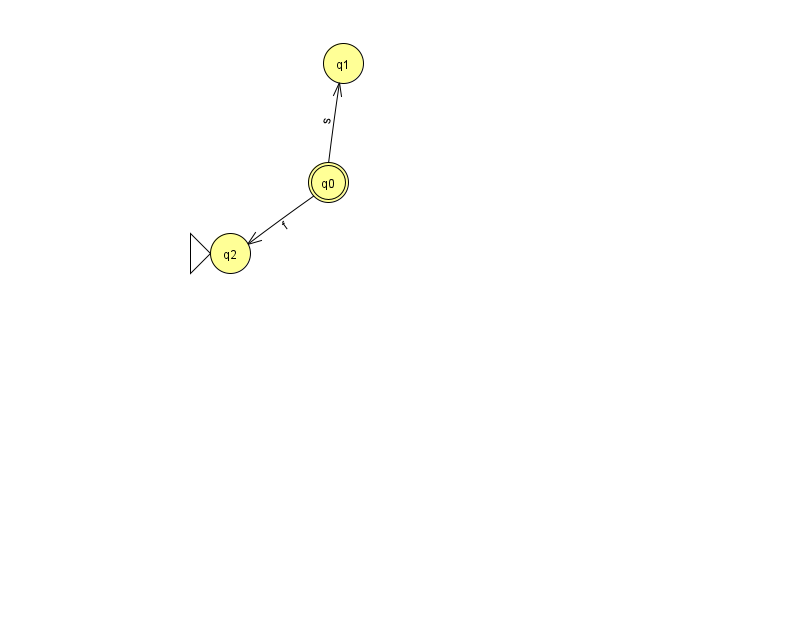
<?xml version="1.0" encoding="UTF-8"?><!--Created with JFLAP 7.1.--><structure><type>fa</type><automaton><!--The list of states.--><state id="0" name="q0"><x>328.0</x><y>169.0</y><final/></state><state id="1" name="q1"><x>343.0</x><y>50.0</y></state><state id="2" name="q2"><x>230.0</x><y>240.0</y><initial/></state><!--The list of transitions.--><transition><from>0</from><to>2</to><read>f</read></transition><transition><from>0</from><to>1</to><read>s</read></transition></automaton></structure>